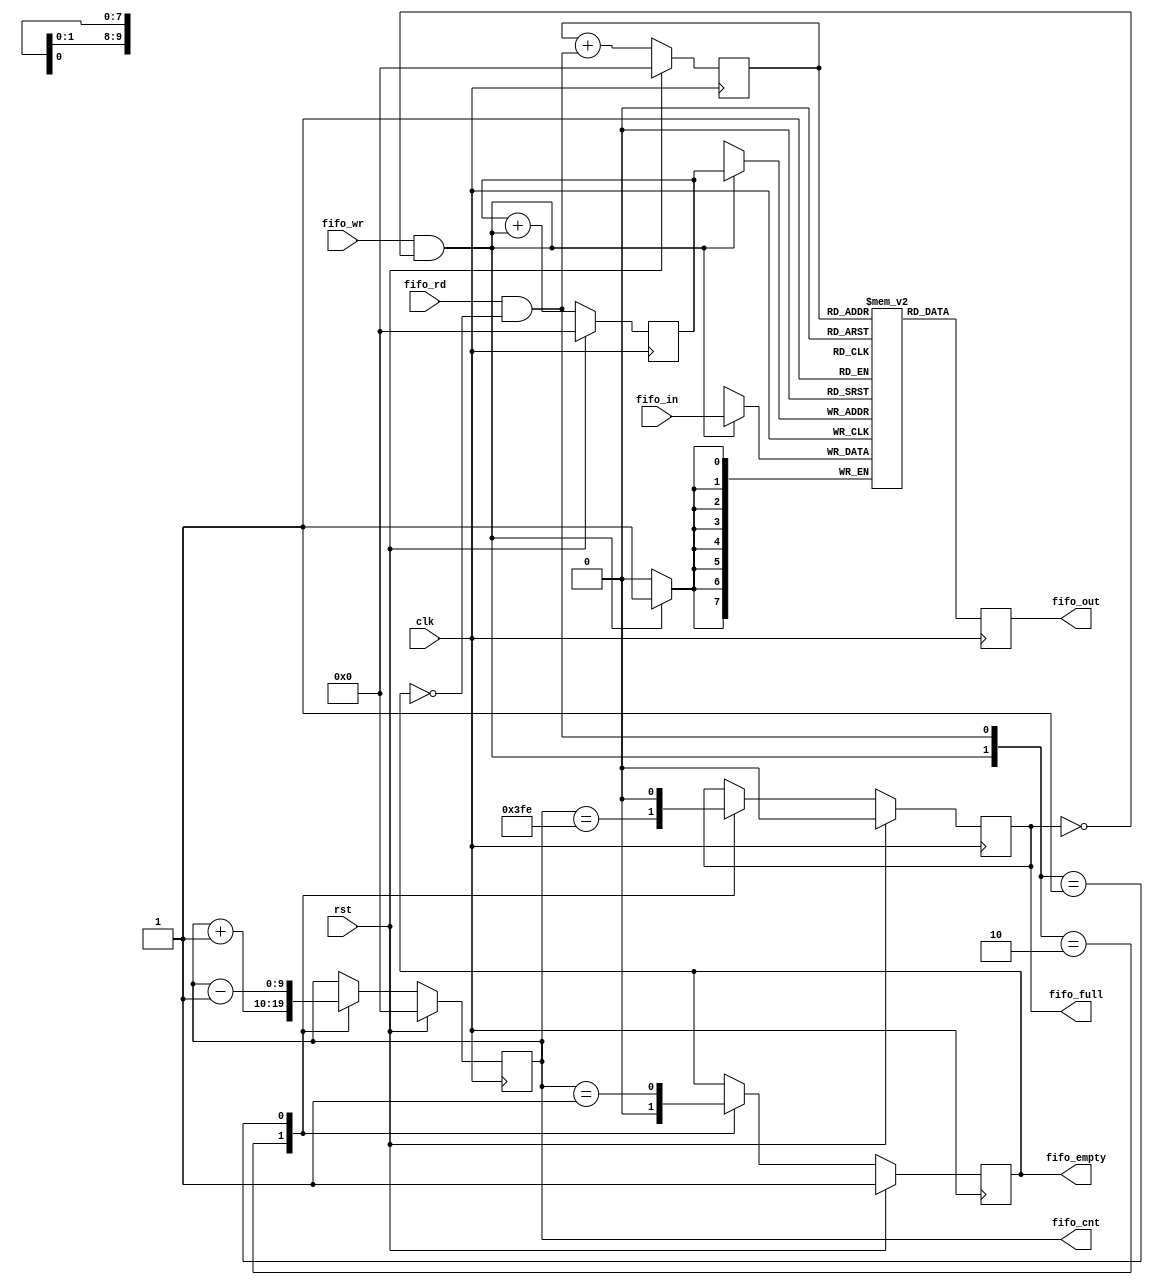
module uart_fifo (/*AUTOARG*/
   // Outputs
   fifo_cnt, fifo_out, fifo_full, fifo_empty,
   // Inputs
   fifo_in, fifo_rd, fifo_wr, clk, rst
   );

   parameter size  = 1024;
   parameter sizew = 10;

   output [sizew-1:0] fifo_cnt;
   output [7:0]       fifo_out;
   output             fifo_full;
   output             fifo_empty;
   
   input [7:0]        fifo_in;
   input              fifo_rd;
   input              fifo_wr;
   
   input              clk;
   input              rst;
   
   (* ram_style = "block" *) reg [7:0] mem [0:size-1];

   reg [sizew-1:0] wp;
   reg [sizew-1:0] rp;
   
   reg [sizew-1:0] fifo_cnt;
   reg             fifo_full;
   reg             fifo_empty;   
   reg [7:0]       fifo_out;

   wire            wr;
   wire            rd;

   assign wr = (fifo_wr & ~fifo_full);
   assign rd = (fifo_rd & ~fifo_empty);
   
   always @ (posedge clk)
     if (rst)
       begin
          wp[sizew-1:0]       <= {(sizew){1'b0}};
          rp[sizew-1:0]       <= {(sizew){1'b0}};
          fifo_cnt[sizew-1:0] <= {(sizew){1'b0}};
          fifo_full           <= 1'b0;
          fifo_empty          <= 1'b1;
       end
     else
       begin
          wp[sizew-1:0]  <= wp[sizew-1:0] + wr;
          rp[sizew-1:0]  <= rp[sizew-1:0] + rd;
          case ({wr,rd})
            2'b10: 
              begin
                 fifo_cnt   <= fifo_cnt + 1;
                 fifo_full  <= (fifo_cnt==(size-2));
                 fifo_empty <= 1'b0;
              end
            2'b01:
              begin
                 fifo_cnt   <= fifo_cnt - 1;
                 fifo_full  <= 1'b0;
                 fifo_empty <= (fifo_cnt==1);
              end
          endcase // case ({wr,rd})
       end // else: !if(rst)

   always @ (posedge clk)
     if (fifo_wr & ~fifo_full)
       mem[wp] <= fifo_in[7:0];

   always @ (posedge clk)
     fifo_out[7:0] <= mem[rp];
   
endmodule // uart_fifo